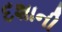
દશાની